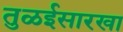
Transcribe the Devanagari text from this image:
तुळईसारखा